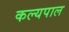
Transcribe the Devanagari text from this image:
कल्यपाल